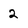
Character: 2